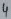
Text: 4